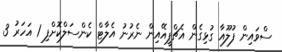
ސްވައިން ފުލޫއާ ގުޅިގެން އެޗްޕީއޭއިން ނެރުނު އެލާޓް ކެންސަލްކޮށްފި 1 އަހަރު 3